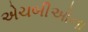
એચબીઓના